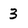
Character: 3